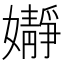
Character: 𮱙